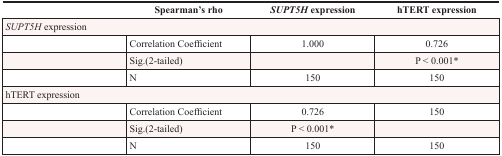
|  | Spearman’s rho | SUPT5H expression | hTERT expression |
 | --- | --- | --- | --- |
 | <COLSPAN=4> SUPT5H expression |
 |  | Correlation Coefficient | 1.000 | 0.726 |
 |  | Sig.(2-tailed) |  | P < 0.001* |
 |  | N | 150 | 150 |
 | <COLSPAN=4> hTERT expression |
 |  | Correlation Coefficient | 0.726 | 150 |
 |  | Sig.(2-tailed) | P < 0.001* |  |
 |  | N | 150 | 150 |